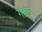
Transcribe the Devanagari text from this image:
गाईंचं